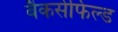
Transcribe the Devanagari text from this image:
बैकर्सफिल्ड